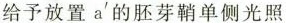
给予放置a'的胚芽鞘单侧光照